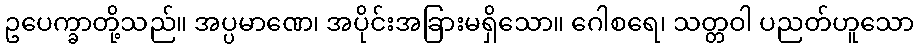
ဥပေက္ခာတို့သည်။ အပ္ပမာဏေ၊ အပိုင်းအခြားမရှိသော။ ဂေါစရေ၊ သတ္တဝါ ပညတ်ဟူသော